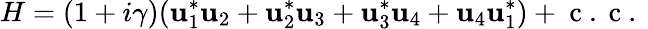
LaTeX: H=(1+i\gamma)({\mathbf{u}_{1}^{*}}\mathbf{u}_{2}+{\mathbf{u}_{2}^{*}}\mathbf{u}_{3}+{\mathbf{u}_{3}^{*}}\mathbf{u}_{4}+\mathbf{u}_{4}{\mathbf{u}_{1}^{*}})+\mathrm{{~c~.~c~.~}}